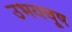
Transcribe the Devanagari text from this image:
उभयचूष